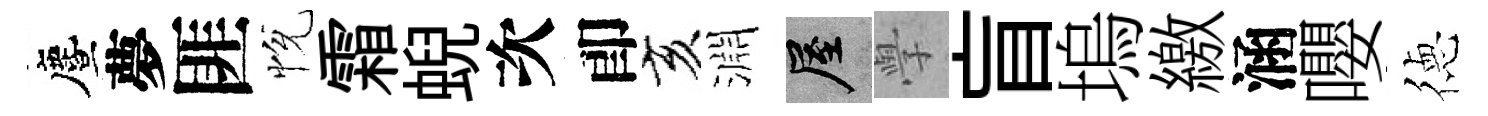
󵨌夢匪恱霜蜺次卽亥淵屋𭓕盲塢繳涵嚶徳